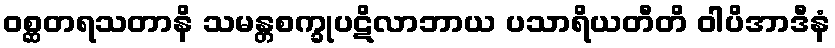
ဝစ္ဆတရသတာနိ သမန္တစက္ခုပဋိလာဘာယ ပသာရိယတီတိ ဝါပိအာဒီနံ